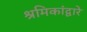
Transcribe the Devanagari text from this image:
श्रमिकांद्वारे